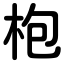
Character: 枹